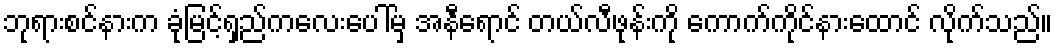
ဘုရားစင်နားက ခုံမြင့်ရှည်ကလေးပေါ်မှ အနီရောင် တယ်လီဖုန်းကို ကောက်ကိုင်နားထောင် လိုက်သည်။